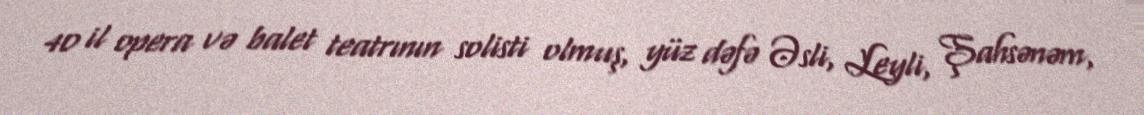
40 il opera və balet teatrının solisti olmuş, yüz dəfə Əsli, Leyli, Şahsənəm,